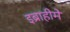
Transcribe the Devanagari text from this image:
इब्राहीमे